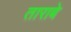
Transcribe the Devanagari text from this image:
ताराबे